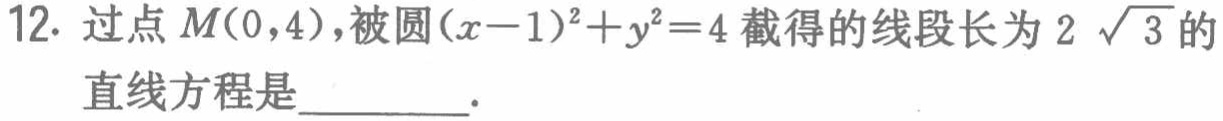
12. 过点$M(0,4)$，被圆$(x - 1)^2 + y^2 = 4$截得的线段长为$2\sqrt{3}$的直线方程是  ．